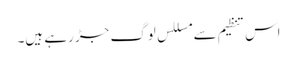
اس تنظیم سے مسللس لوگ جڑ رہے ہیں۔